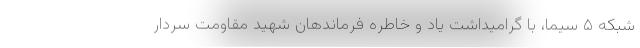
شبکه ۵ سیما، با گرامیداشت یاد و خاطره فرماندهان شهید مقاومت سردار